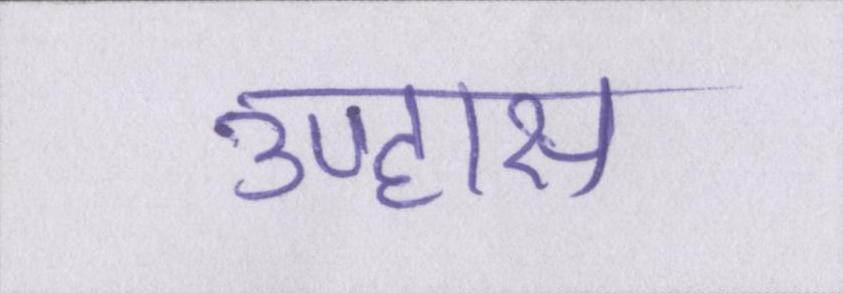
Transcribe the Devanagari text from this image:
उपहास